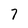
Character: 7